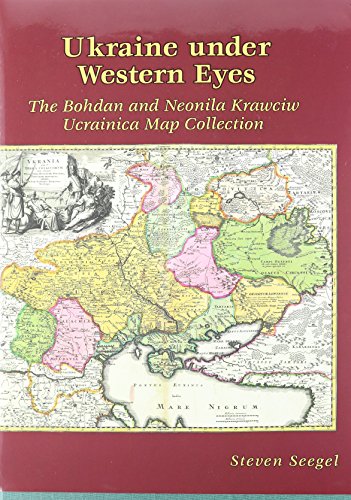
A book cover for Ukraine under Western Eyes: The Bohdan and Neonila Krawciw Ucrainica Map Collection (Harvard Series in Ukrainian Studies); Steven Seegel; Travel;